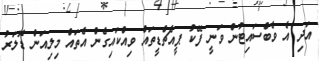
އަދި އެ ވެބްސައިޓުން ވަނީ ފޭކު ޕީއެޗްޑީތައް ވިއްކައިގެން އެތައް މިލިއަން ޑޮލަރު